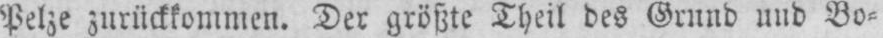
Pelze zurückkommen. Der größte Theil des Grund und Bo⸗